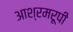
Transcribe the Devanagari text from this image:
आश्रमरूपी